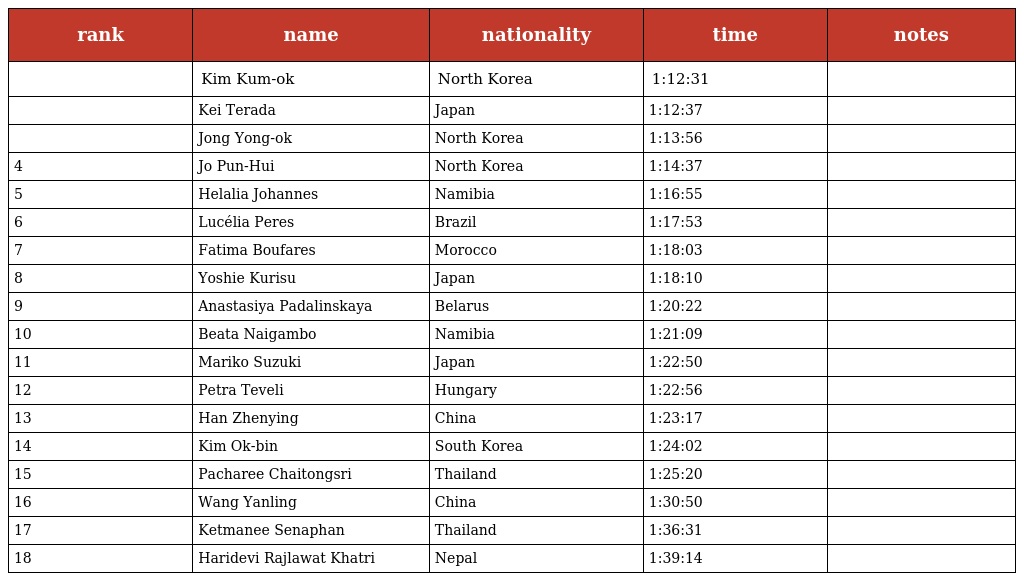
| rank | name | nationality | time | notes |
 | --- | --- | --- | --- | --- |
 |  | Kim Kum-ok | North Korea | 1:12:31 |  |
 |  | Kei Terada | Japan | 1:12:37 |  |
 |  | Jong Yong-ok | North Korea | 1:13:56 |  |
 | 4 | Jo Pun-Hui | North Korea | 1:14:37 |  |
 | 5 | Helalia Johannes | Namibia | 1:16:55 |  |
 | 6 | Lucélia Peres | Brazil | 1:17:53 |  |
 | 7 | Fatima Boufares | Morocco | 1:18:03 |  |
 | 8 | Yoshie Kurisu | Japan | 1:18:10 |  |
 | 9 | Anastasiya Padalinskaya | Belarus | 1:20:22 |  |
 | 10 | Beata Naigambo | Namibia | 1:21:09 |  |
 | 11 | Mariko Suzuki | Japan | 1:22:50 |  |
 | 12 | Petra Teveli | Hungary | 1:22:56 |  |
 | 13 | Han Zhenying | China | 1:23:17 |  |
 | 14 | Kim Ok-bin | South Korea | 1:24:02 |  |
 | 15 | Pacharee Chaitongsri | Thailand | 1:25:20 |  |
 | 16 | Wang Yanling | China | 1:30:50 |  |
 | 17 | Ketmanee Senaphan | Thailand | 1:36:31 |  |
 | 18 | Haridevi Rajlawat Khatri | Nepal | 1:39:14 |  |